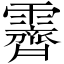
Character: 霽